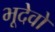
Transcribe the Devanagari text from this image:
भूदेवो